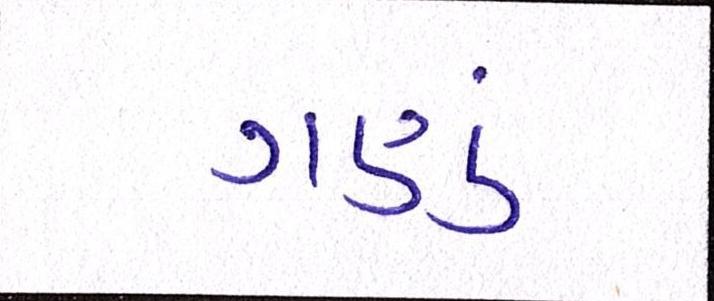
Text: ગણું